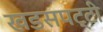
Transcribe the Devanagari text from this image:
खडसपट्टी